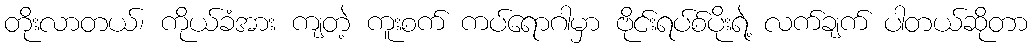
တိုးလာတယ်၊ ကိုယ်ခံအား ကျတဲ့ ကူးစက် ကပ်ရောဂါမှာ ဗိုင်းရပ်စ်ပိုးရဲ့ လက်ချက် ပါတယ်ဆိုတာ